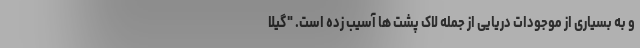
و به بسیاری از موجودات دریایی از جمله لاک پشت ها آسیب زده است. "گیلا